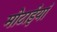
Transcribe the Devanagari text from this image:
मोटाईयां